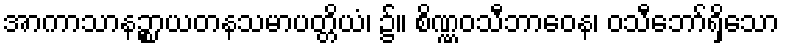
အာကာသာနဉ္စာယတနသမာပတ္တိယံ၊ ၌။ စိဏ္ဏဝသီဘာဝေန၊ ဝသီဘော်ရှိသော